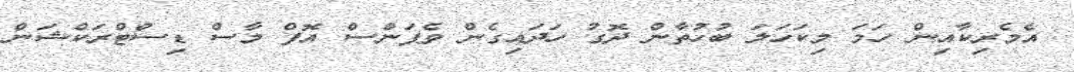
އެމެރިކާއިން ހަމަ މިކަހަލަ ބުހުތާން ދޮގު ހަދައިގެން ވެޕަންސް އޮފް މާސް ޑިސްޓްރަކްޝަން